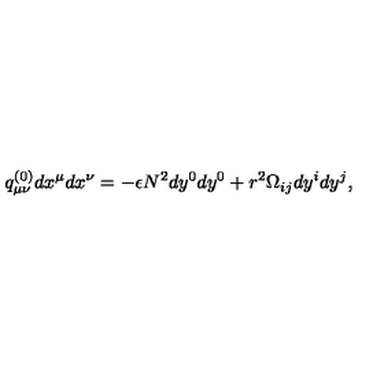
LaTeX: q _ { \mu \nu } ^ { ( 0 ) } d x ^ { \mu } d x ^ { \nu } = - \epsilon N ^ { 2 } d y ^ { 0 } d y ^ { 0 } + r ^ { 2 } \Omega _ { i j } d y ^ { i } d y ^ { j } ,